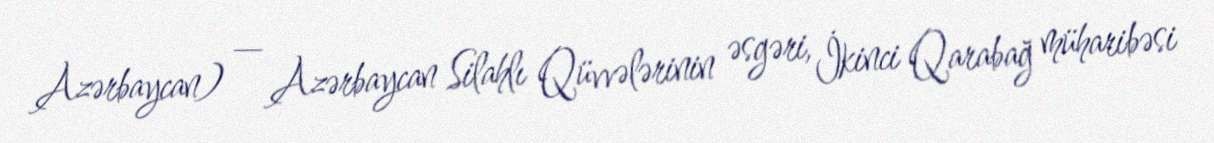
Azərbaycan) — Azərbaycan Silahlı Qüvvələrinin əsgəri, İkinci Qarabağ müharibəsi